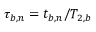
\tau _ { b , n } = t _ { b , n } / T _ { 2 , b }